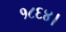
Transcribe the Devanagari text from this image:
१८६४।